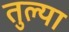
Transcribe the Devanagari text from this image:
तुल्या